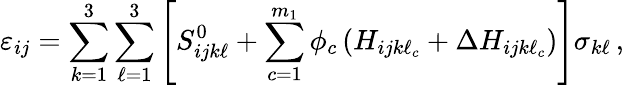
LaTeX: \varepsilon_{ij}=\sum_{k=1}^{3}\sum_{\ell=1}^{3}\left[S_{ijk\ell}^{0}+\sum_{c=1}^{m_{1}}\phi_{c}\left(H_{ijk\ell_{c}}+\Delta H_{ijk\ell_{c}}\right)\right]\sigma_{k\ell}\, ,